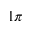
1 \pi